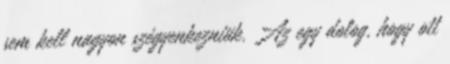
sem kell nagyon szégyenkezniük. Az egy dolog, hogy ott